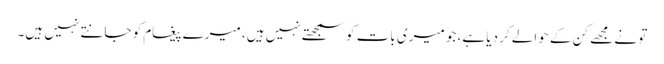
تو نے مجھے کن کے حوالے کر دیا ہے، جو میری بات کو سمجھتے نہیں ہیں، میرے پیغام کو جانتے نہیں ہیں۔